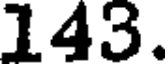
143.